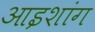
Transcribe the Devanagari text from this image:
आइशांग